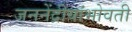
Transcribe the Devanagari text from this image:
जननेंद्रीयांभोवती